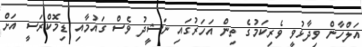
އަލްހާން ވިދާޅުވީ ވެރިކަމުގެ ތިން އަހަރުގައި ނަޝީދު ވެސް ގައުމާއި ޑިމޮކްރަސީ އަށް